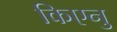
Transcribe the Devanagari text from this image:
किएनु